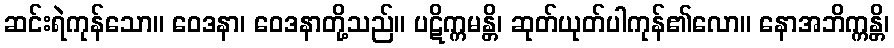
ဆင်းရဲကုန်သော။ ဝေဒနာ၊ ဝေဒနာတို့သည်။ ပဋိက္ကမန္တိ၊ ဆုတ်ယုတ်ပါကုန်၏လော။ နောအဘိက္ကန္တိ၊